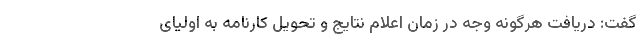
گفت: دریافت هرگونه وجه در زمان اعلام نتایج و تحویل کارنامه به اولیای